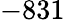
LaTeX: -831